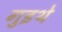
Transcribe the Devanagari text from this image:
गुइथे